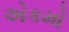
એકમો